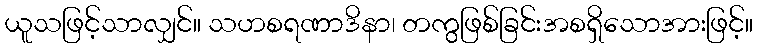
ယူသဖြင့်သာလျှင်။ သဟစရဏာဒိနာ၊ တကွဖြစ်ခြင်းအစရှိသောအားဖြင့်။